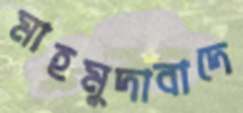
মাহমুদাবাদে